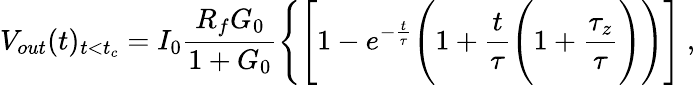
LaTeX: V_{out}(t)_{t<t_{c}}=I_{0}\frac{R_{f}G_{0}}{1+G_{0}}\Bigg\{ \Bigg[1-e^{-\frac{t}{\tau}}\Bigg(1+\frac{t}{\tau}\Bigg(1+\frac{\tau_{z}}{\tau}\Bigg)\Bigg)\Bigg]~,